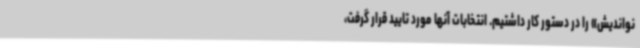
نواندیش» را در دستور کار داشتیم. انتخابات آنها مورد تایید قرار گرفت،